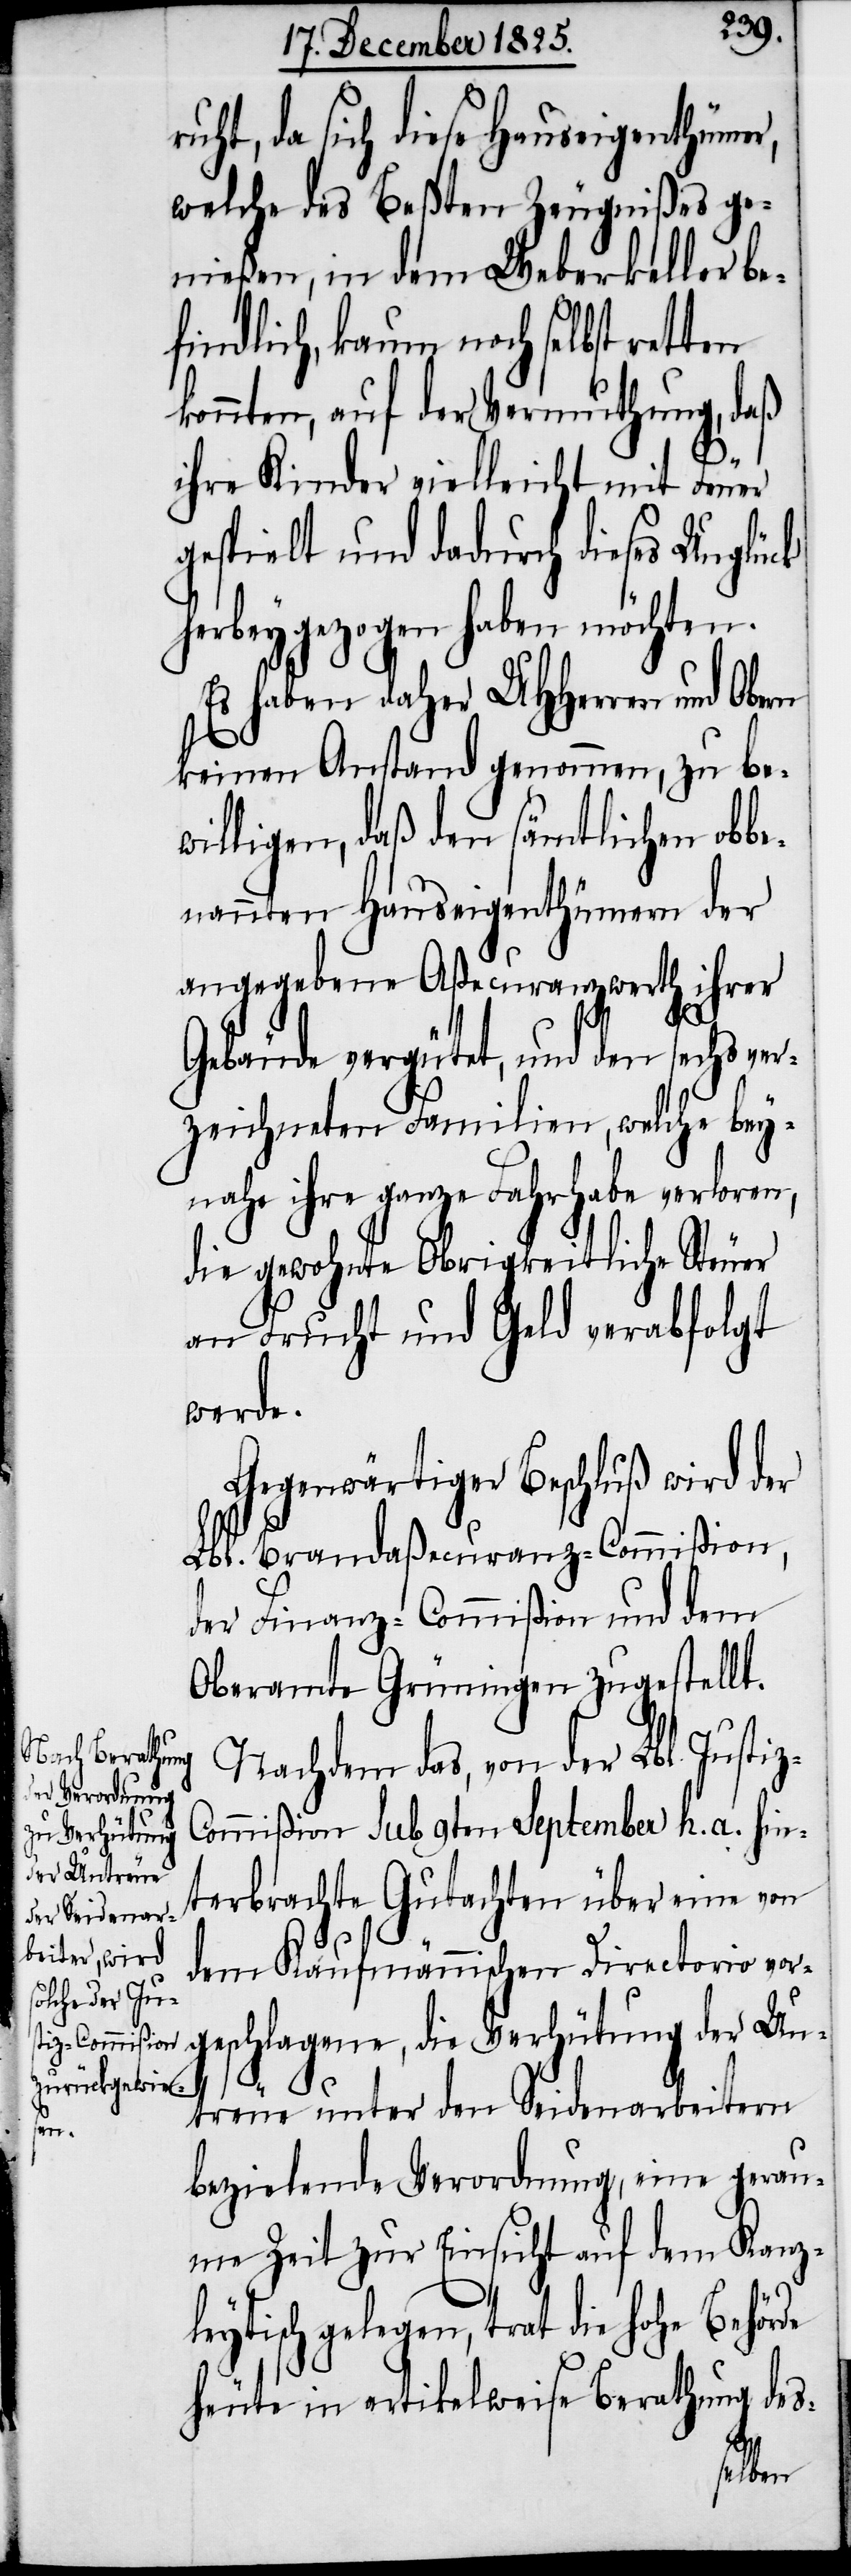
uht, da sich diese Hauseigenthümer,
welche des beßten Zeugnißes ge¬
nießen, in dem Weberkeller be¬
findlich, kaum noch selbst retten
konnten, auf der Vermuthung, daß
z-C¬
ihre Kinder vielleicht mit Feuer
gespielt und dadurch dieses Unglück
herbeygezogen haben möchten.
Es haben daher UHHerren und Obern
keinen Anstand genommen, zu be¬
willigen, daß den sämtlichen obb¬
enannten Hauseigenthümern der
angegebene Aßecuranzwerth ihrer
Gebäude vergütet, und den sec¬
rzeichneten Familien, welche bey¬
nahe ihre ganze Fahrhabe verloren,
die gewohnte Obrigkeitliche Steuer
an Frucht und Geld verabfolgt
werde.
Gegenwärtiger Beschluß wird der
Lbl. Brandaßecuranz-Commißion,
der Finanz-Commißion und dem
Oberamte Grüningen zugestellt.
Nachdem das, von der Lbl. Justi¬
ommißion sub 9ten September h. a. hin¬
terbrachte Gutachten über eine von
dem kaufmännischen Directorio vor¬
geschlagene, die Verhütung der Un¬
treue unter den Seidenarbeitern
bezielende Verordnung, eine gerau¬
me Zeit zur Einsicht auf dem Kanz¬
leytisch gelegen, trat die hohe Behörde
heut in artikelweise Berathung des-
ve¬